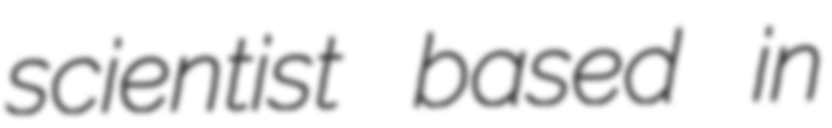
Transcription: scientist based in